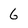
Character: 6